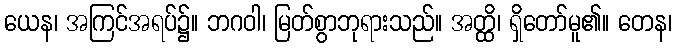
ယေန၊ အကြင်အရပ်၌။ ဘဂဝါ၊ မြတ်စွာဘုရားသည်။ အတ္ထိ၊ ရှိတော်မူ၏။ တေန၊